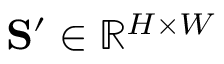
\mathbf { S } ^ { \prime } \in \mathbb { R } ^ { H \times W }